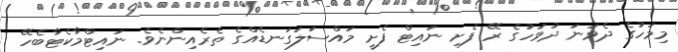
މިމަހުގެ ދެވަނަ ދުވަހުގެ ރޭ ފެށި ނައިޓް ފެށީ މައްސަލަގަނޑެއްގެ ތެރެއިންނެވެ. ނައިޓްމާކެޓާބެހޭ